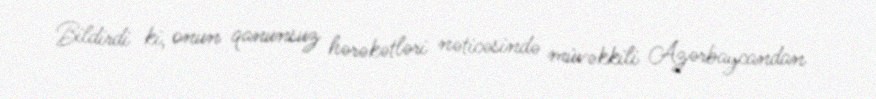
Bildirdi ki, onun qanunsuz hərəkətləri nəticəsində müvəkkili Azərbaycandan